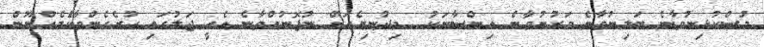
މުސްކުޅިނުވާނެ ބަލިނުވާނެ މަރުނުވާނެ އިންސާނަކު  މިދުނިޔެއަށް ނުފޮނުއްވާނެ އެއީ ޖަލުގައި ހުރެގެންވާކަެމެއްނޫން